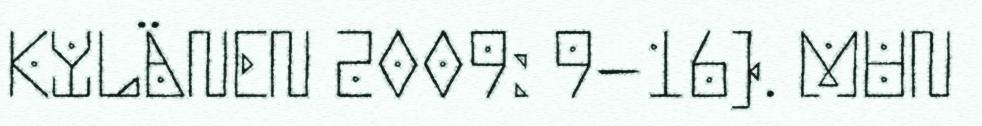
KYLÄNEN 2009: 9−16). MUN